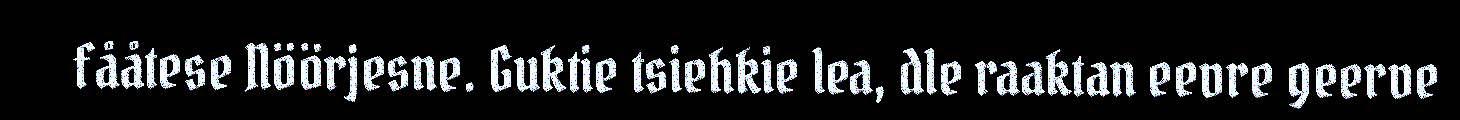
fååtese Nöörjesne. Guktie tsiehkie lea, dle raaktan eevre geerve